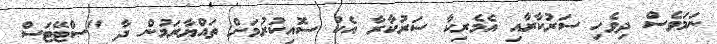
ނަމަވެސް ދިވެހި ސަރުކާރާއި އެމެރިކާ ސަރުކާރާ އެކު ސޮއިކުރުމަށް ތައްޔާރަމުން ދާ "ސްޓޭޓަސް